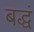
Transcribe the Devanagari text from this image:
बद्धं